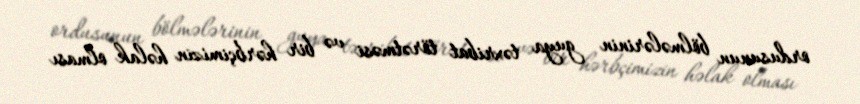
ordusunun bölmələrinin guya təxribat törətməsi və bir hərbçimizin həlak olması